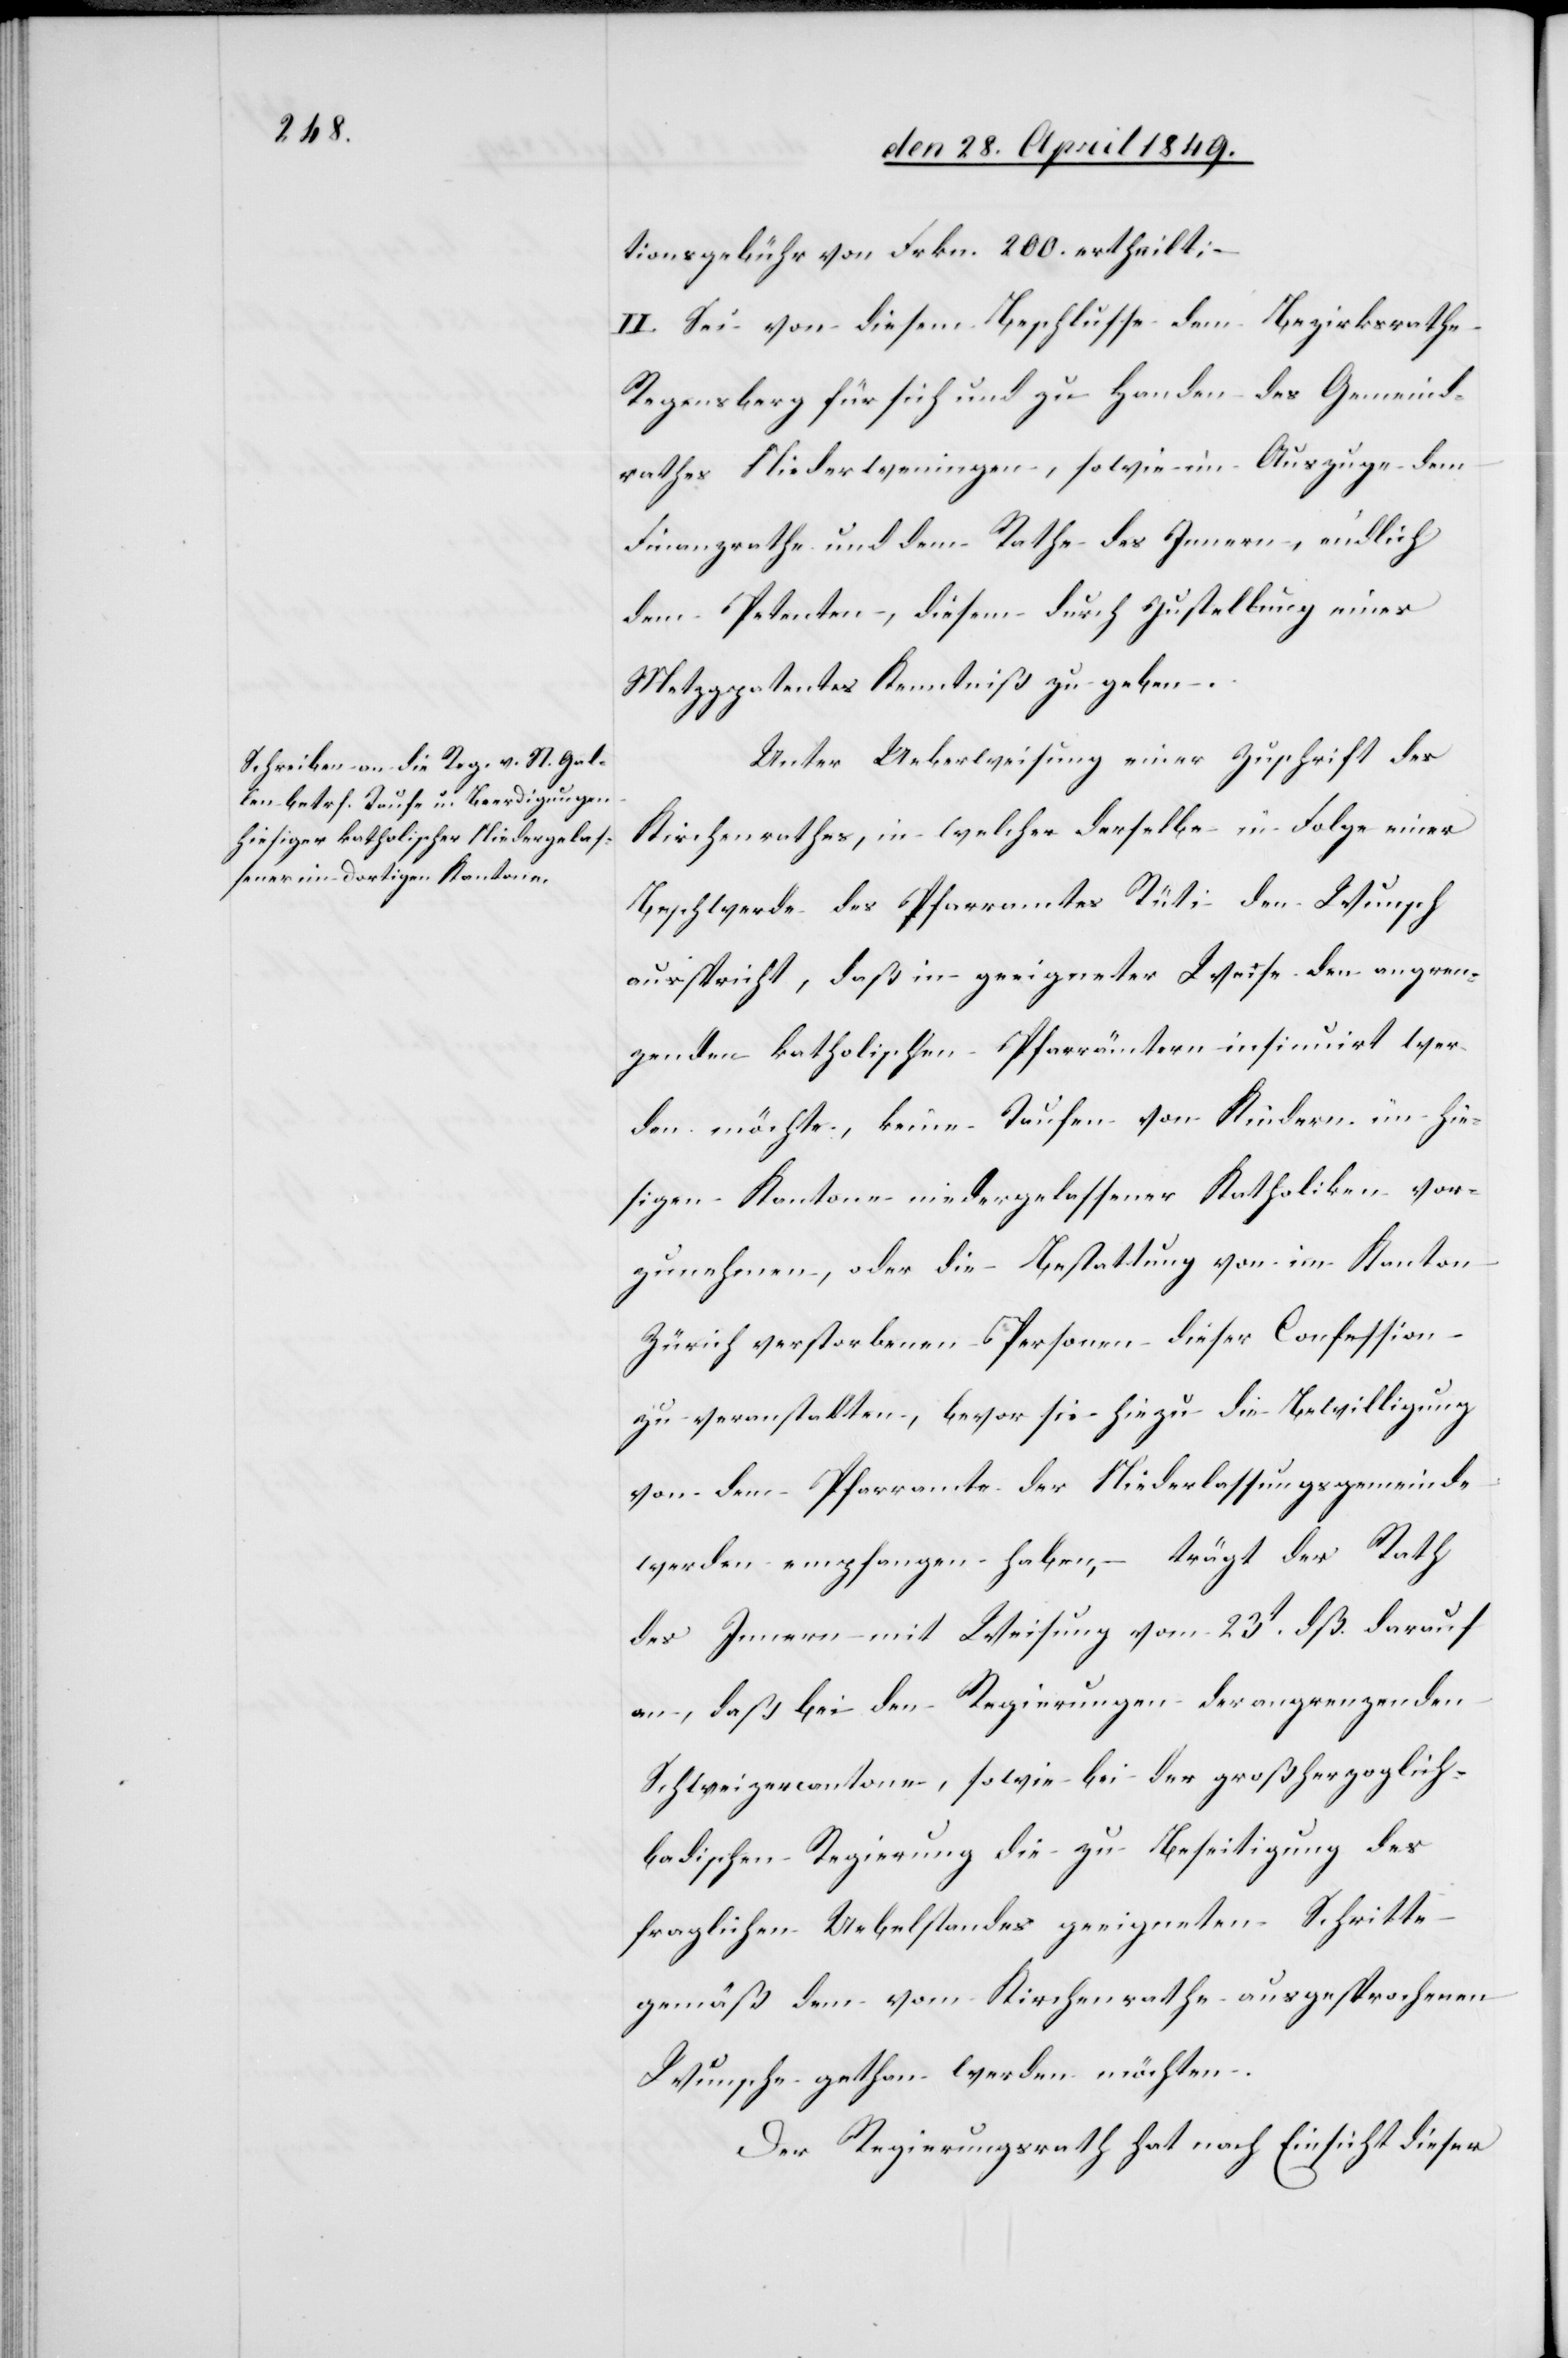
tionsgebühr von Frkn. 200. ertheilt;
II. Sei von diesem Beschlusse dem Bezirksrathe
Regensberg für sich und zu Handen des Gemeind¬
rathes Niederweningen, sowie im Auszuge dem
Finanzrathe und dem Rathe des Innern, endlich
dem Petenten, diesem durch Zustellung eines
Metzgpatentes Kenntniß zu geben.
Unter Ueberweisung einer Zuschrift des
Kirchenrathes, in welcher derselbe in Folge einer
Beschwerde des Pfarramtes Rüti den Wunsch
ausspricht, daß in geeigneter Weise den angren¬
zenden katholischen Pfarrämtern insinuirt wer¬
den möchte, keine Taufen von Kindern im hie¬
sigen Kantone niedergelassener Katholiken vor¬
zunehmen, oder die Bestattung von im Kanton
Zürich verstorbenen Personen dieser Confession
zu veranstalten, bevor sie hiezu die Bewilligung
von den Pfarramte der Niederlassungsgemeinde
werden empfangen haben, – trägt der Rath
des Innern mit Weisung vom 23t dß. darauf
an, daß bei den Regierungen der angrenzenden
Schweizercantone, sowie bei der großherzoglich-b¬
adischen Regierung die zu Beseitigung des
fraglichen Uebelstandes geeigneten Schritte
gemäß dem vom Kirchenrathe ausgesprochenen
Wunsche gethan werden möchten.
Der Regierungsrath hat nach Einsicht dieser